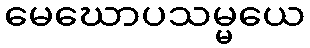
မေဃောပသမ္မယေ